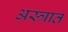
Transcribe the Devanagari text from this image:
अस्त्रात